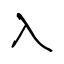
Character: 入